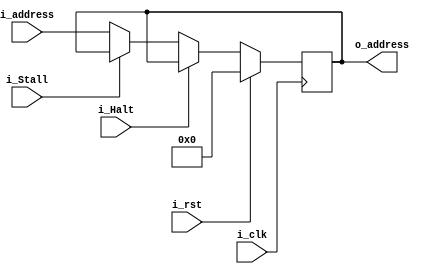
`timescale 1ns / 1ps

module PC (
	input  wire        i_clk    ,
	input  wire        i_rst    ,
	input  wire        i_Stall  ,
	input  wire        i_Halt   ,
	input  wire [31:0] i_address,
	output wire [31:0] o_address
);

	reg [31:0] ProgCounter;

	
	always @(negedge i_clk) begin
		if (i_rst) 
			ProgCounter <= 32'b0;
		else if (i_Halt)
			ProgCounter <= ProgCounter;
		else if (~i_Stall)
			ProgCounter <= i_address;		
	end

	assign o_address = ProgCounter;

	always @(negedge i_clk) begin 
		$display("PC: %h",ProgCounter);
	end

endmodule